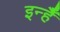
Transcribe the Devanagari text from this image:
इन्हैँ